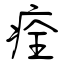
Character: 痊